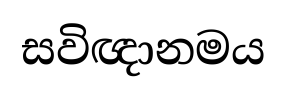
සවිඥානමය